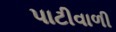
પાટીવાળી